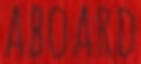
ABOARD